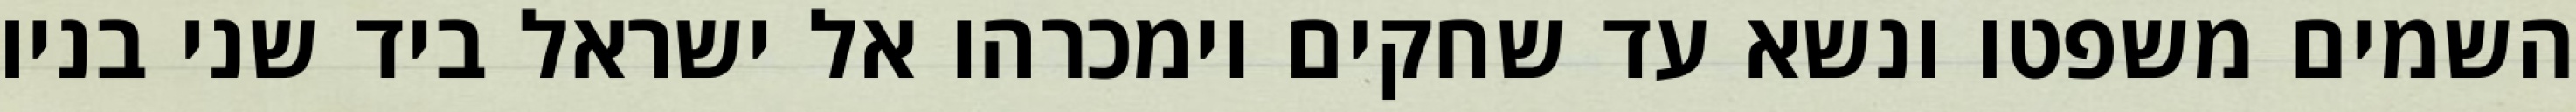
השמים משפטו ונשא עד שחקים וימכרהו אל ישראל ביד שני בניו